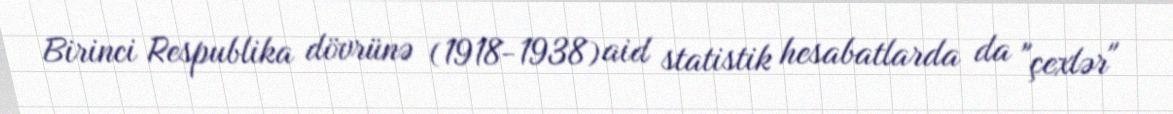
Birinci Respublika dövrünə (1918-1938) aid statistik hesabatlarda da "çexlər"